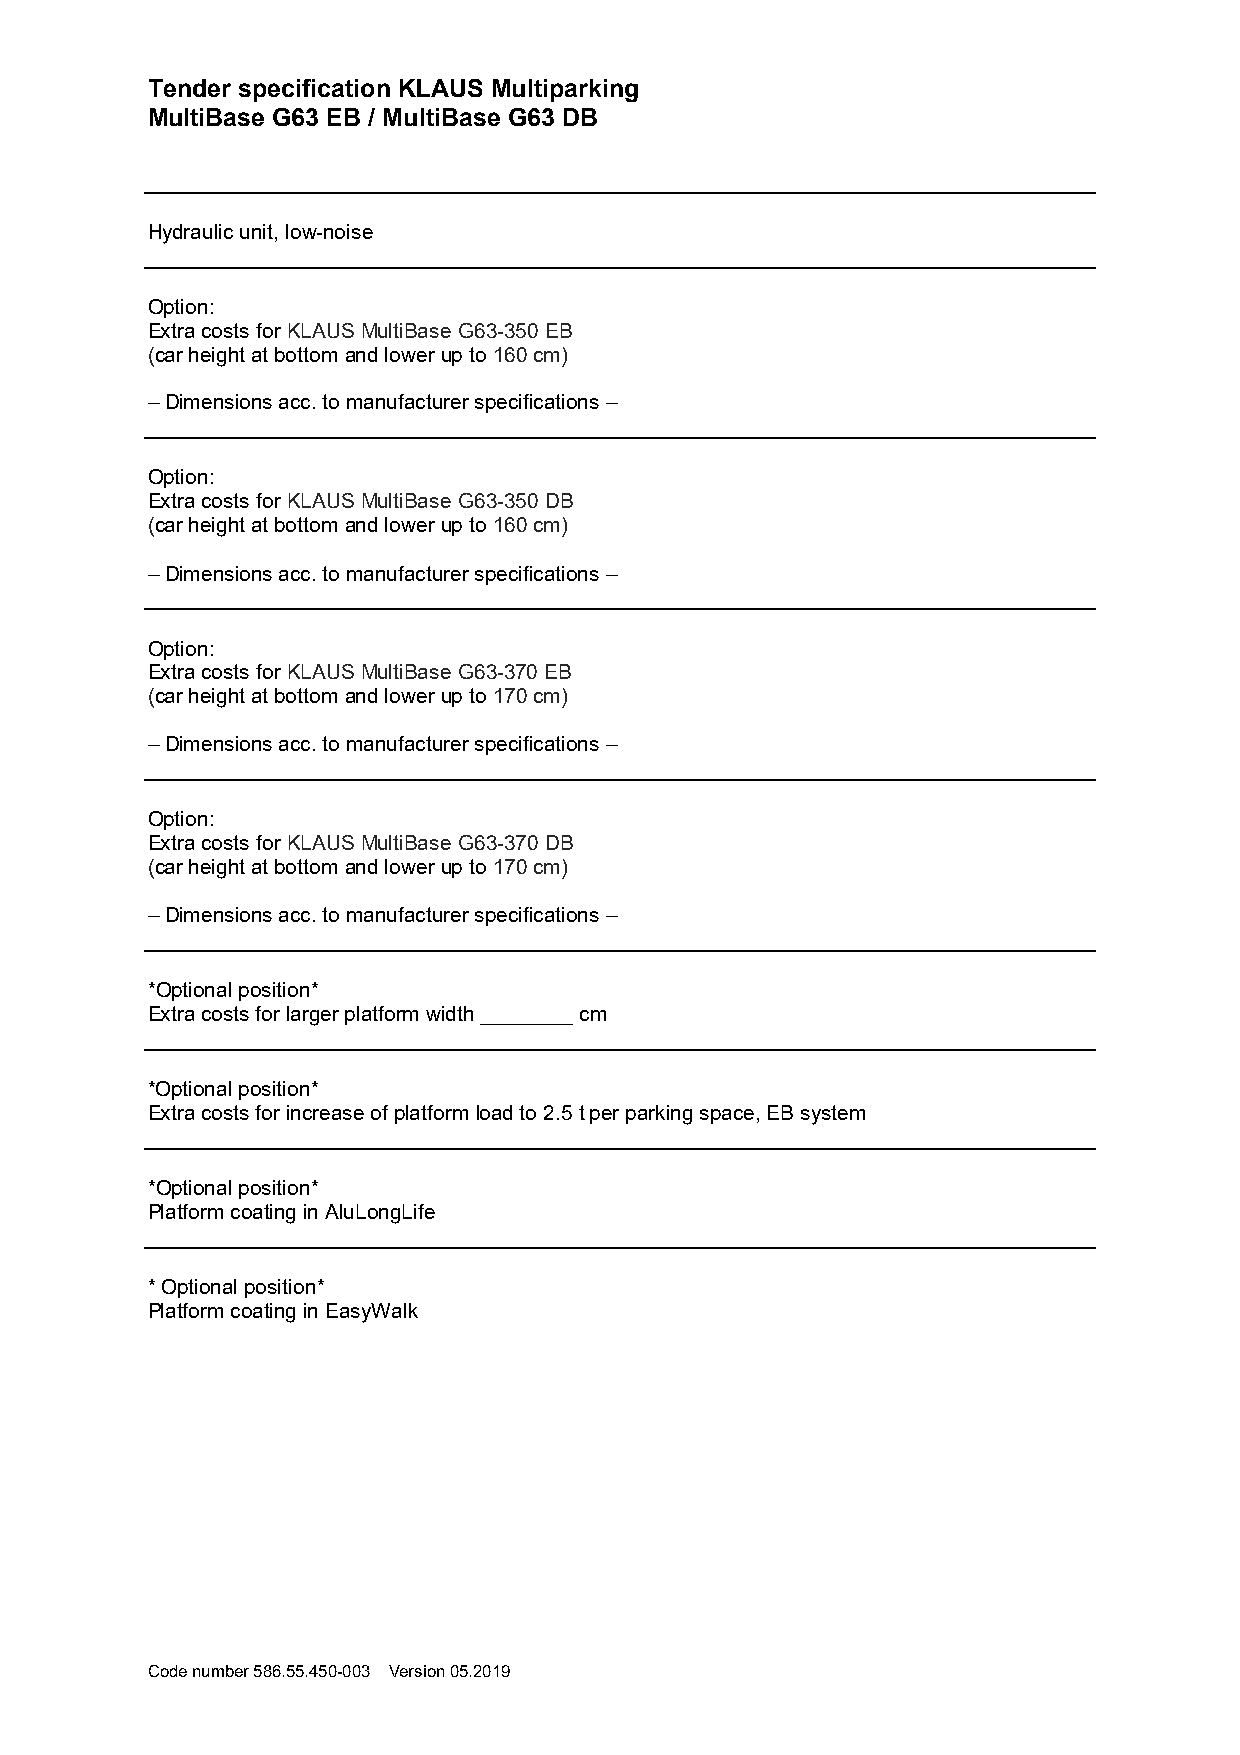
Tender specification KLAUS Multiparking
 MultiBase G63 EB / MultiBase G63 DB
 Hydraulic unit, low-noise
 Option:
 Extra costs for KLAUS MultiBase G63-350 EB
 (car height at bottom and lower up to 160 cm)
 – Dimensions acc. to manufacturer specifications –
 Option:
 Extra costs for KLAUS MultiBase G63-350 DB
 (car height at bottom and lower up to 160 cm)
 – Dimensions acc. to manufacturer specifications –
 Option:
 Extra costs for KLAUS MultiBase G63-370 EB
 (car height at bottom and lower up to 170 cm)
 – Dimensions acc. to manufacturer specifications –
 Option:
 Extra costs for KLAUS MultiBase G63-370 DB
 (car height at bottom and lower up to 170 cm)
 – Dimensions acc. to manufacturer specifications –
 *Optional position*
 Extra costs for larger platform width ________ cm
 *Optional position*
 Extra costs for increase of platform load to 2.5 t per parking space, EB system
 *Optional position*
 Platform coating in AluLongLife
 * Optional position*
 Platform coating in EasyWalk
 Code number 586.55.450-003 Version 05.2019